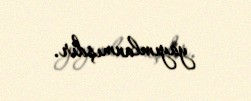
yayımlanmışdır.